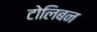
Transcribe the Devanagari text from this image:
टोलिबन